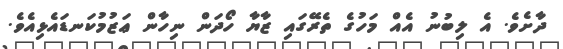
ދާށެވެ. އެ ލިބުނު އެއް މަހުގެ ތެރޭގައި ޒާޔާ ހޯދަން ނިހާން ޢަޒުމުކަނޑައެޅިއެވެ.